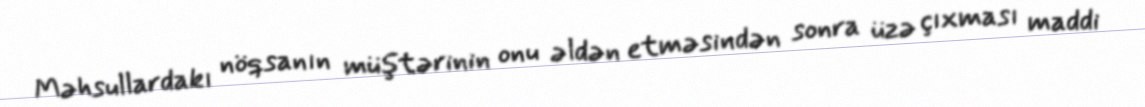
Məhsullardakı nöqsanın müştərinin onu əldən etməsindən sonra üzə çıxması maddi